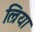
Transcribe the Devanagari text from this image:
ल्रिया